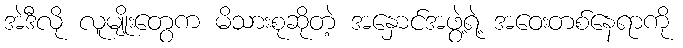
အဲဒီလို လူမျိုးတွေက မိသားစုဆိုတဲ့ အနှောင်အဖွဲ့ရဲ့ အဝေးတစ်နေရာကို